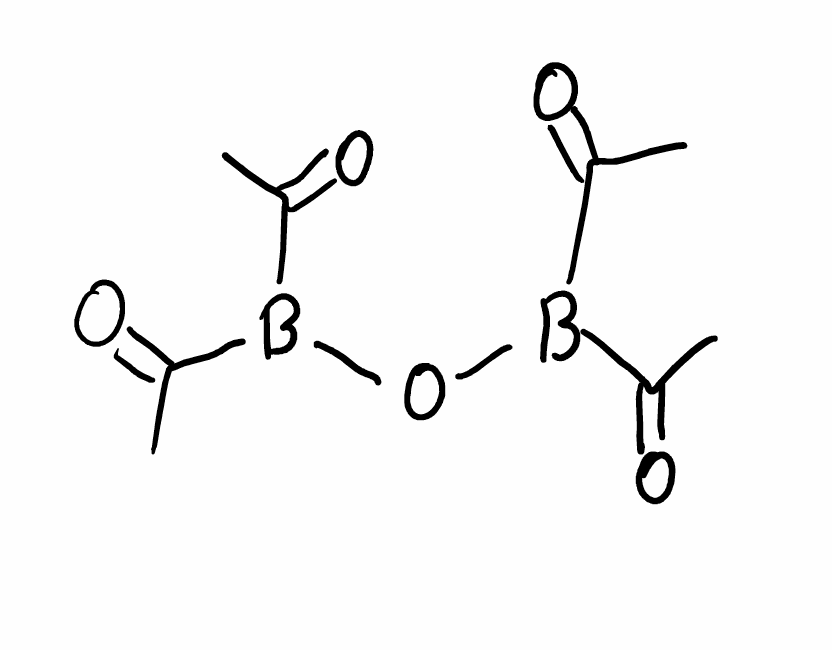
Simplified molecular-input line-entry system (SMILES) notation of the given molecule:
B(C(=O)C)(C(=O)C)OB(C(=O)C)C(=O)C